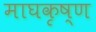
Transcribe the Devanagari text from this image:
माघकृष्ण